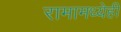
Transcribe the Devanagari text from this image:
रामामध्येही